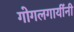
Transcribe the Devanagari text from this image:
गोगलगायींनी